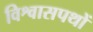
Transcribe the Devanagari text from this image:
विश्वासपथों